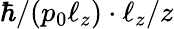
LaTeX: \hbar/(p_{0}\ell_{z})\cdot\ell_{z}/z